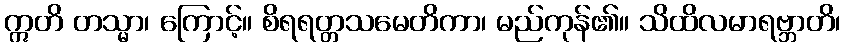
ဣတိ တသ္မာ၊ ကြောင့်။ စိရရတ္တသမေတိကာ၊ မည်ကုန်၏။ သိထိလမာရဗ္ဘာတိ၊